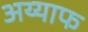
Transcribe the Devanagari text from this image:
अय्याफ